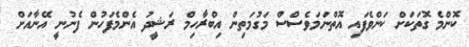
ކޮންމެ ގޮތަކަށް ކަންވެފައި އޮތްނަމަވެސްސް މަގުމަތިން އިބްރާހިމް ރަޝީދު އެންމެފަހުން ފެނުނީ އޭނާއަށް